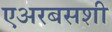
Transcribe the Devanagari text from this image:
एअरबसशी